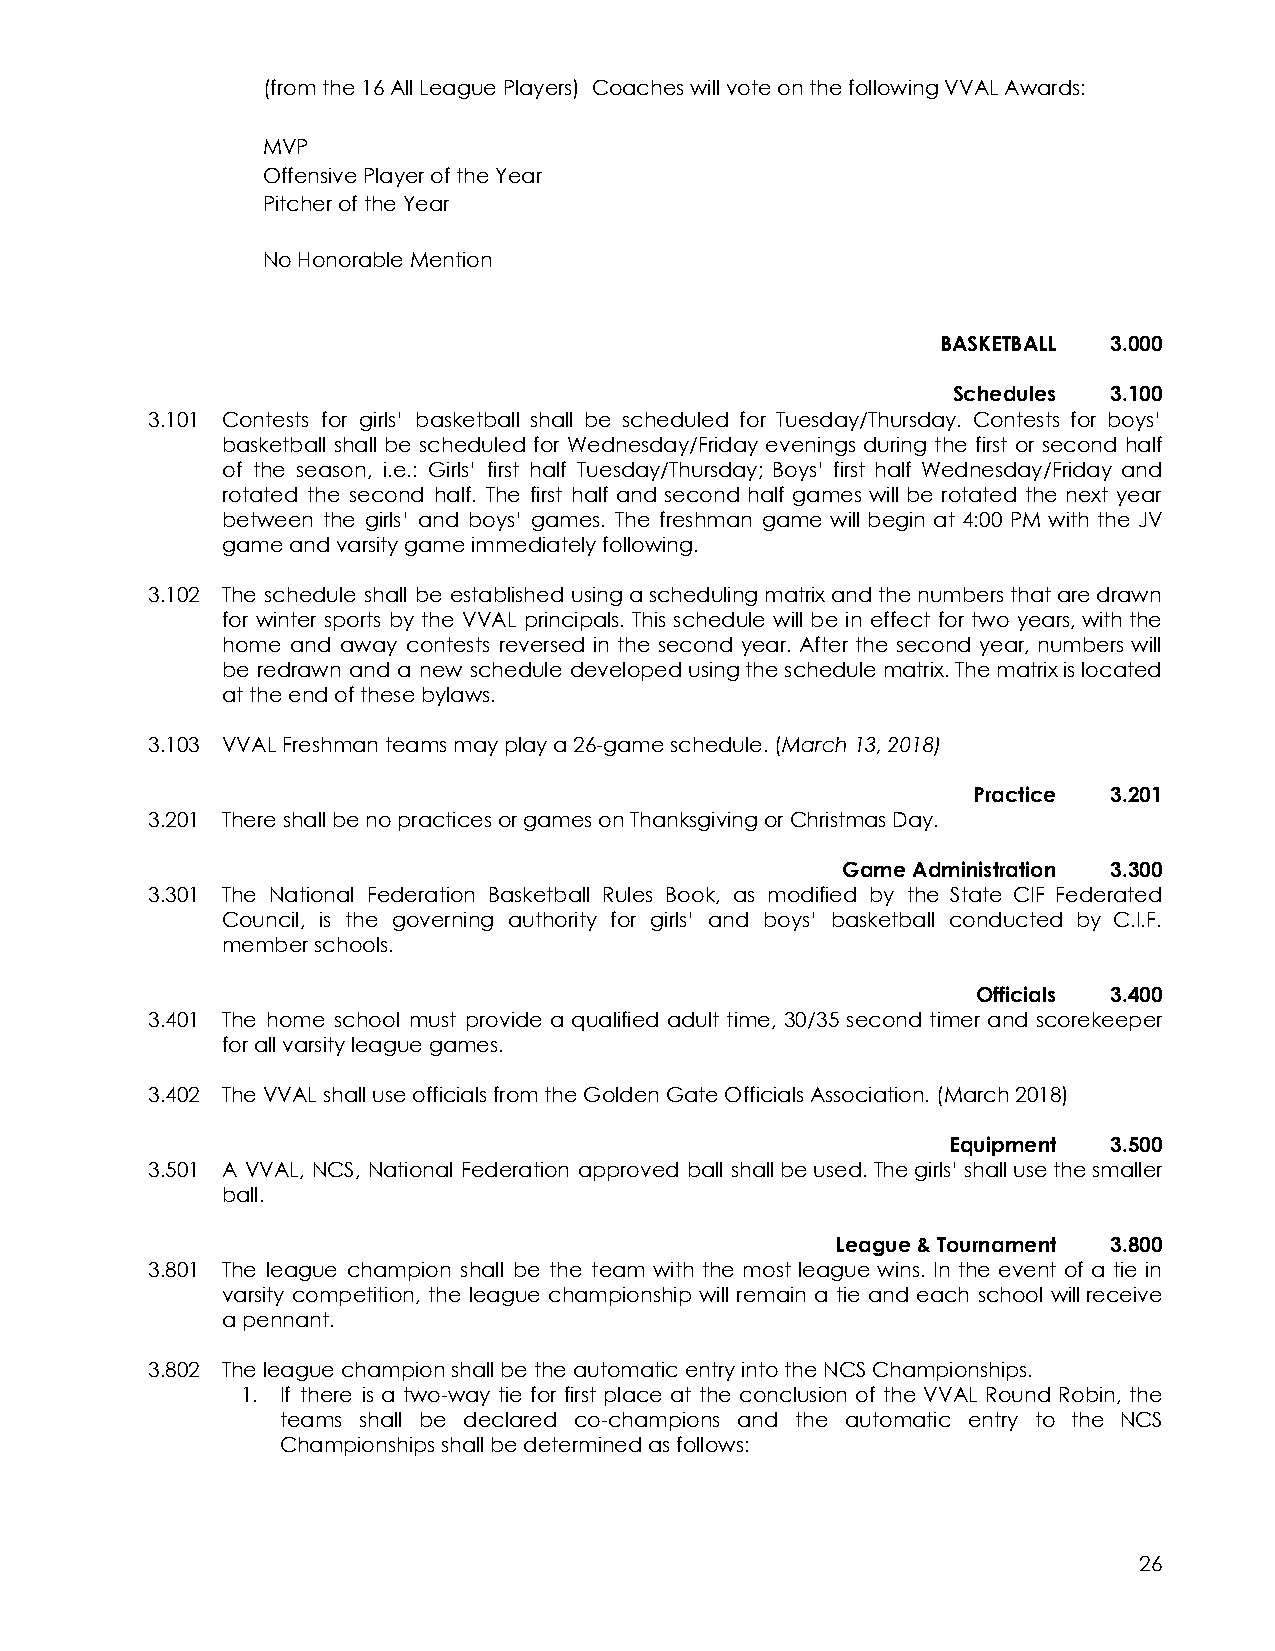
(from the 16 All League Players) Coaches will vote on the following VVAL Awards:
 MVP
 Offensive Player of the Year
 Pitcher of the Year
 No Honorable Mention
 BASKETBALL 3.000
 Schedules 3.100
 3.101 Contests for girls’ basketball shall be scheduled for Tuesday/Thursday. Contests for boys’
 basketball shall be scheduled for Wednesday/Friday evenings during the first or second half
 of the season, i.e.: Girls’ first half Tuesday/Thursday; Boys’ first half Wednesday/Friday and
 rotated the second half. The first half and second half games will be rotated the next year
 between the girls’ and boys’ games. The freshman game will begin at 4:00 PM with the JV
 game and varsity game immediately following.
 3.102 The schedule shall be established usingaschedulingmatrixandthenumbersthataredrawn
 for winter sports by the VVAL principals. This schedule will be in effect for two years,withthe
 home and away contests reversed in the second year. After the second year, numbers will
 be redrawn and a new schedule developedusingtheschedulematrix.Thematrixislocated
 at the end of these bylaws.
 3.103 VVAL Freshman teams may play a 26-game schedule. (March13, 2018)
 Practice 3.201
 3.201 There shall be no practices or games on Thanksgiving or Christmas Day.
 Game Administration 3.300
 3.301 The National Federation Basketball Rules Book, as modified by the State CIF Federated
 Council, is the governing authority for girls’ and boys’ basketball conducted by C.I.F.
 member schools.
 Officials 3.400
 3.401 The home school must provide a qualified adult time, 30/35 second timer and scorekeeper
 for all varsity league games.
 3.402 The VVAL shall use officials from the Golden Gate Officials Association. (March 2018)
 Equipment 3.500
 3.501 A VVAL, NCS, National Federation approved ball shallbeused.Thegirls’shallusethesmaller
 ball.
 League & Tournament 3.800
 3.801 The league champion shall be the team with the most league wins. In the event of a tie in
 varsity competition, the league championship will remain a tie and each school willreceive
 a pennant.
 3.802 The league champion shall be the automatic entry into the NCS Championships.
 1. If there is a two-way tie for first place at the conclusion of the VVAL Round Robin, the
 teams shall be declared co-champions and the automatic entry to the NCS
 Championships shall be determined as follows:
 26